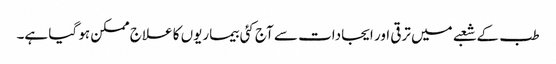
طب کے شعبے میں ترقی اور ایجادات سے آج کئی بیماریوں کا علاج ممکن ہو گیا ہے۔